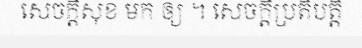
សេចក្តីសុខ មក ឲ្យ ។ សេចក្តីប្រតិបត្តិ